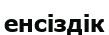
енсіздік